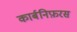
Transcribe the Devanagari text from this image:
कार्बनिफ़रस